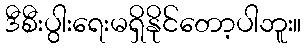
ဒီစီးပွါးရေးမရှိနိုင်တော့ပါဘူး။